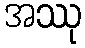
အဿု